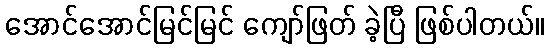
အောင်အောင်မြင်မြင် ကျော်ဖြတ် ခဲ့ပြီ ဖြစ်ပါတယ်။